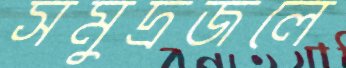
সমুদ্রজলে